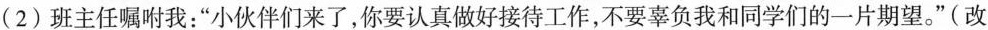
(2)班主任嘱咐我：”小伙伴们来了，你要认真做好接待工作，不要辜负我和同学们的一片期望。”(改